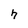
Character: h